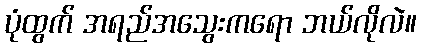
ပုံထွက် အရည်အသွေးကရော ဘယ်လိုလဲ။